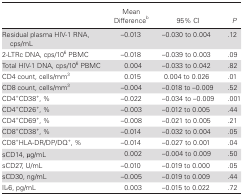
|  | Mean Differenceb | 95% CI | P |
 | --- | --- | --- | --- |
 | Residual plasma HIV-1 RNA, cps/mL | –0.013 | –0.030 to 0.004 | .12 |
 | 2-LTRc DNA, cps/106 PBMC | –0.018 | –0.039 to 0.003 | .09 |
 | Total HIV-1 DNA, cps/106 PBMC | 0.004 | –0.033 to 0.042 | .82 |
 | CD4 count, cells/mm3 | 0.015 | 0.004 to 0.026 | .01 |
 | CD8 count, cells/mm3 | –0.004 | –0.018 to –0.009 | .52 |
 | CD4+CD38+, % | –0.022 | –0.034 to –0.009 | .001 |
 | CD4+CD26+, % | –0.003 | –0.012 to 0.005 | .44 |
 | CD4+CD69+, % | –0.008 | –0.021 to 0.005 | .21 |
 | CD8+CD38+, % | –0.014 | –0.032 to 0.004 | .05 |
 | CD8+HLA-DR/DP/DQ+, % | –0.014 | –0.027 to 0.001 | .04 |
 | sCD14, μg/mL | 0.002 | –0.004 to 0.009 | .50 |
 | sCD27, U/mL | –0.010 | –0.019 to 0.000 | .05 |
 | sCD30, ng/mL | –0.005 | –0.019 to 0.009 | .44 |
 | IL-6, pg/mL | 0.003 | –0.015 to 0.022 | .72 |